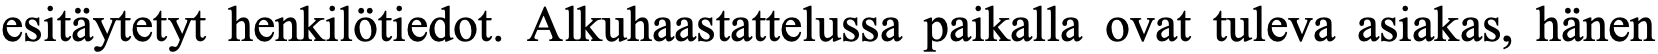
esitäytetyt henkilötiedot. Alkuhaastattelussa paikalla ovat tuleva asiakas, hänen